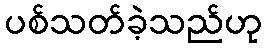
ပစ်သတ်ခဲ့သည်ဟု